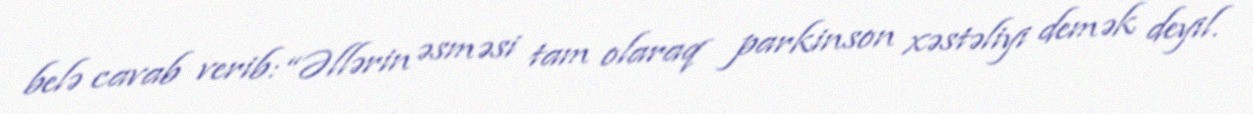
belə cavab verib: “Əllərin əsməsi tam olaraq parkinson xəstəliyi demək deyil.